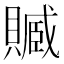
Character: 𧷢